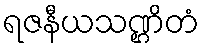
ရဇနီယသဏ္ဌိတံ